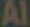
Al